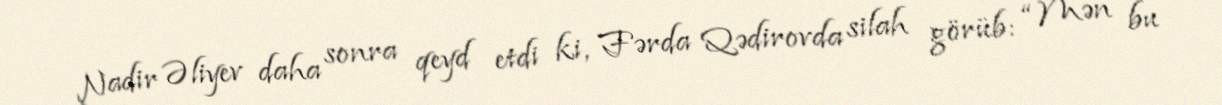
Nadir Əliyev daha sonra qeyd etdi ki, Fərda Qədirovda silah görüb: “Mən bu